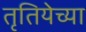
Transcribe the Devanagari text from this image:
तृतियेच्या